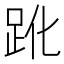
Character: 𧿕